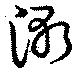
漸